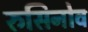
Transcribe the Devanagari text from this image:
रुसिनोव